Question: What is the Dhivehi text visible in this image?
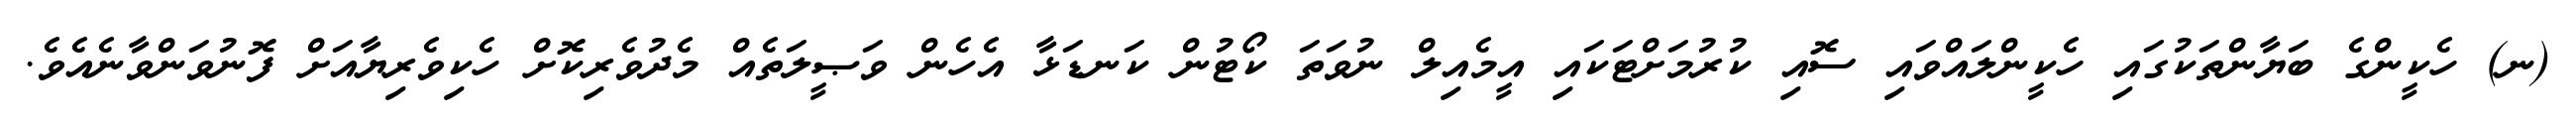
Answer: (ނ) ހެކީންގެ ބަޔާންތަކުގައި ހެކީންލައްވައި ސޮއި ކުރުމަށްޓަކައި އީމެއިލް ނުވަތަ ކޯޓުން ކަނޑަޅާ އެހެން ވަޞީލަތެއް މެދުވެރިކޮށް ހެކިވެރިޔާއަށް ފޮނުވަންވާނެއެވެ.